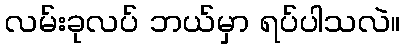
လမ်းခုလပ် ဘယ်မှာ ရပ်ပါသလဲ။